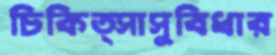
চিকিত্সাসুবিধার